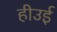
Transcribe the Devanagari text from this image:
हीउई